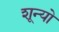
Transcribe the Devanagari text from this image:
शून्यो